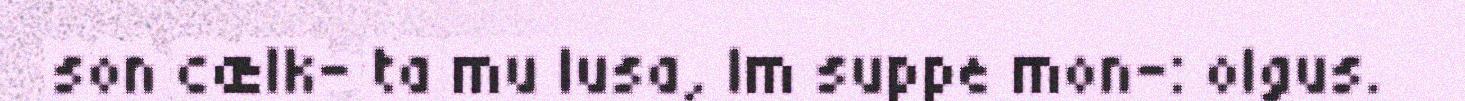
son cælk- ta mu lusa, Im suppe mon-: olgus.